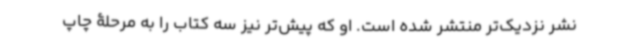
نشر نزدیک‌تر منتشر شده است. او که پیش‌تر نیز سه کتاب را به مرحلۀ چاپ